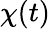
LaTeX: \chi(t)